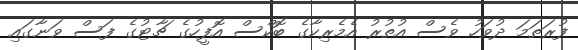
ފުރަތަމަ ދުވަހު ވެސް އުތުރު އެމެރިކާގެ ބޮކްސް އޮފީހުގެ ޗާޓުގެ ފަސް ވަނާގައި